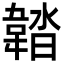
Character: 𩎽